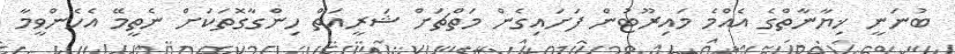
ބުނަނީ ޚިޔާނާތްގެ އެއްމެ މައިރޫޓުން ފަށައިގެން މަތްޗަށް ޝަރީއަތް ހިންގާގޮތަކަށް ނެތީމޭ އެހެންވީމާ